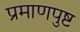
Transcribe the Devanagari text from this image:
प्रमाणपुष्ट